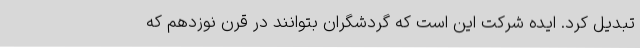
تبدیل کرد. ایده شرکت این است که گردشگران بتوانند در قرن نوزدهم که